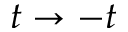
t \rightarrow - t